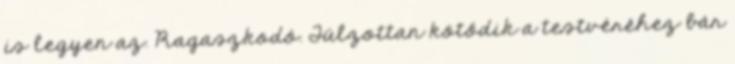
is legyen az. Ragaszkodó. Túlzottan kötődik a testvéréhez bár